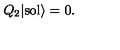
Q _ { 2 } | \mathrm { s o l } \rangle = 0 .